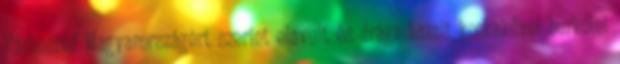
Párbeszéd Magyarországért szerint elavult és drága bazalt kockakővel burkolni